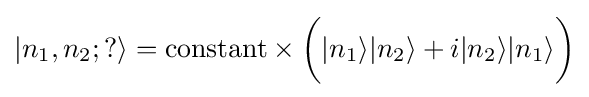
|n_{1},n_{2};?\rangle ={\mbox{constant}}\times {\bigg (}|n_{1}\rangle |n_{2}\rangle +i|n_{2}\rangle |n_{1}\rangle {\bigg )}